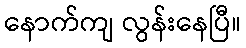
နောက်ကျ လွန်းနေပြီ။